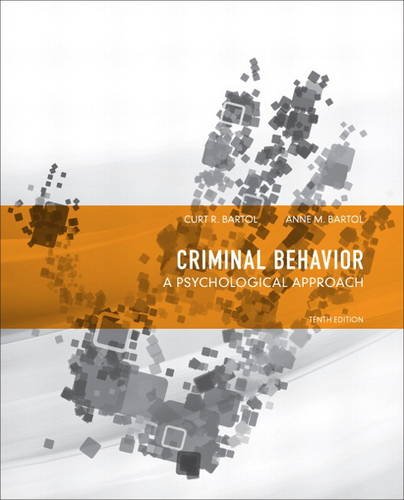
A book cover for Criminal Behavior: A Psychological Approach (10th Edition); Curt R. Bartol; Medical Books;